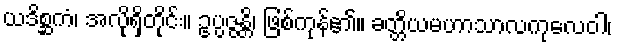
ယဒိစ္ဆကံ၊ အလိုရှိတိုင်း။ ဥပ္ပဇ္ဇန္တိ၊ ဖြစ်ကုန်၏။ ခတ္တိယမဟာသာလကုလေဝါ၊